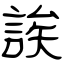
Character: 誒